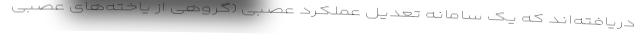
دریافته‌اند که یک سامانه تعدیل عملکرد عصبی (گروهی از یاخته‌های عصبی